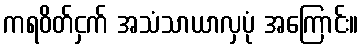
ကရဝိတ်ငှက် အသံသာယာလှပုံ အကြောင်း။